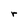
Character: r